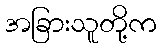
အခြားသူတို့က